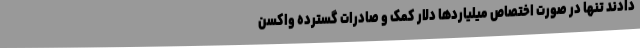
دادند تنها در صورت اختصاص میلیاردها دلار کمک و صادرات گسترده واکسن